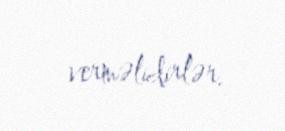
verməlidirlər.